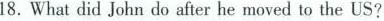
18. What did John do after he moved to the US?